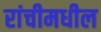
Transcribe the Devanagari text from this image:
रांचीमधील